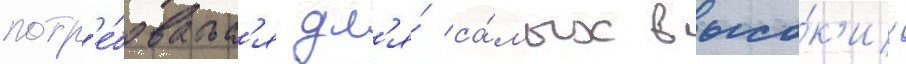
потр'е́боватьс'я дл'я́ са́мых высо́к'их